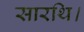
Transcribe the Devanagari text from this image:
सारथि।